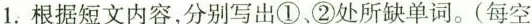
1.根据短文内容,分别写出①,②处所缺单词.(每空 限